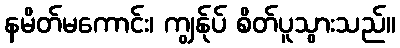
နမိတ်မကောင်း၊ ကျွန်ုပ် စိတ်ပူသွားသည်။